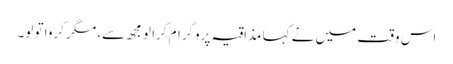
اس وقت میں نے کہا مذاقیہ پروگرام کرا لو مجھ سے، مگر کروا تو لو۔